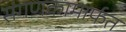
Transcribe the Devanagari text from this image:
संगणकामार्फत